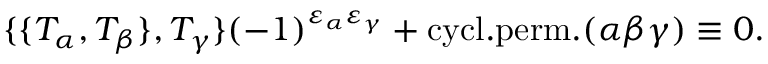
\{ \{ T _ { \alpha } , T _ { \beta } \} , T _ { \gamma } \} ( - 1 ) ^ { \varepsilon _ { \alpha } \varepsilon _ { \gamma } } + \mathrm { c y c l . p e r m . } ( \alpha \beta \gamma ) \equiv 0 .